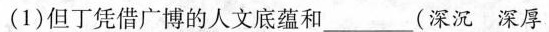
(1)但丁凭借广博的人文底蕴和___(深沉 深厚